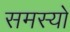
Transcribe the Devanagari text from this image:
समस्यो